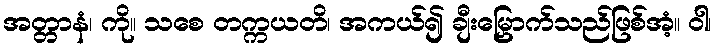
အတ္တာနံ၊ ကို။ သစေ တက္ကယတိ၊ အကယ်၍ ချီးမြှောက်သည်ဖြစ်အံ့။ ဝါ၊